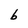
Character: b